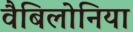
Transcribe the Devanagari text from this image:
वैबिलोनिया